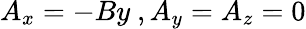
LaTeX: A_{x}=-By\ ,A_{y}=A_{z}=0